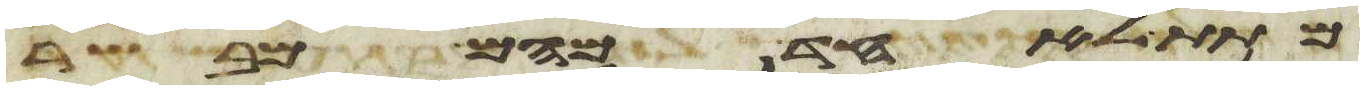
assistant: מתת לאחד מהם מבשר